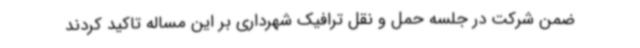
ضمن شرکت در جلسه حمل و نقل ترافیک شهرداری بر این مساله تاکید کردند